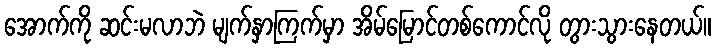
အောက်ကို ဆင်းမလာဘဲ မျက်နှာကြက်မှာ အိမ်မြောင်တစ်ကောင်လို တွားသွားနေတယ်။